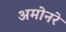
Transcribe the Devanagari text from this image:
अमोनरे